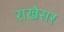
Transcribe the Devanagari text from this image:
राखेसर